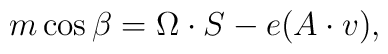
m\cos{\beta} = \Omega \cdot S - e(A \cdot v) ,